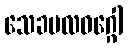
သေခဗလဝဂ္ဂေါ